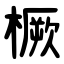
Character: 橛